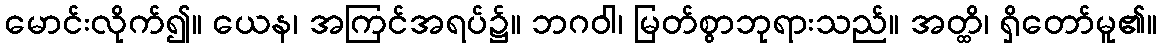
မောင်းလိုက်၍။ ယေန၊ အကြင်အရပ်၌။ ဘဂဝါ၊ မြတ်စွာဘုရားသည်။ အတ္ထိ၊ ရှိတော်မူ၏။